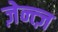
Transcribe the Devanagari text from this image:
ज़ेन्त्ज़